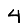
Digit: 4